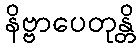
နိဗ္ဗာပေတုန္တိ